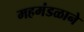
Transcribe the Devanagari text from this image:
महमंडळाने